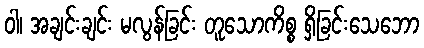
ဝါ၊ အချင်းချင်း မလွန်ခြင်း တူသောကိစ္စ ရှိခြင်းသေဘော